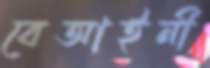
বেআইনী